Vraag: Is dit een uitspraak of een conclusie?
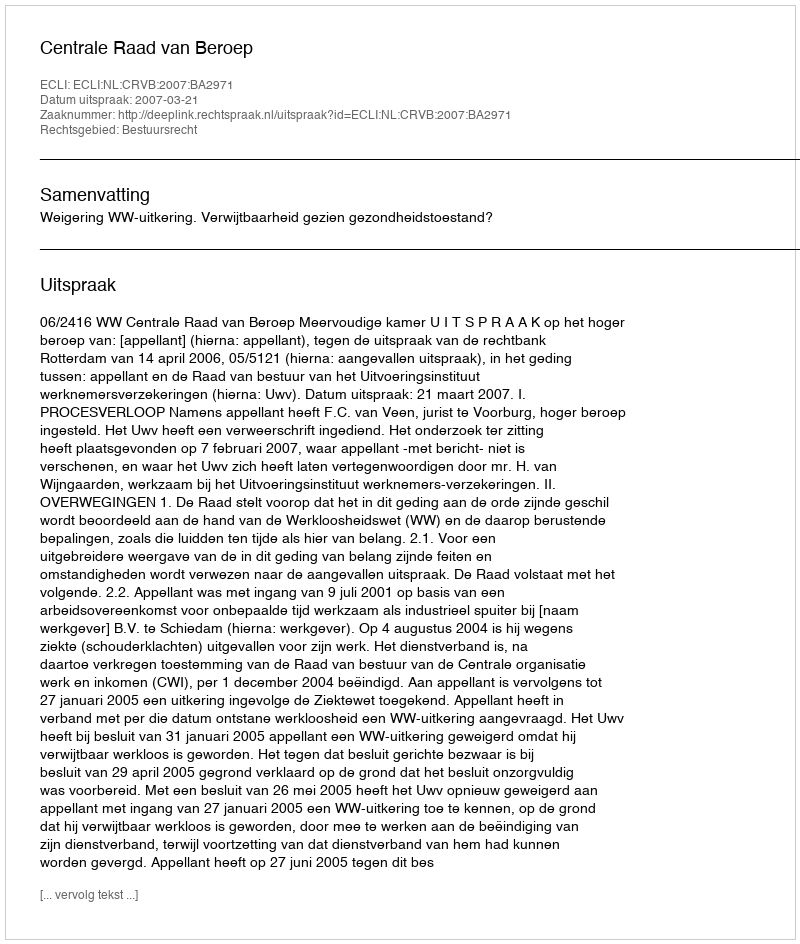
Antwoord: Uitspraak